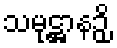
သမုဋ္ဌာနဉှိ